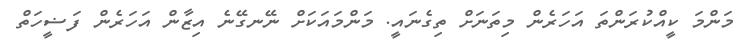
މަންމަ ކީއްކުރަންތަ އަހަރެން މިތަނަށް ތިގެނައީ. މަންމައަކަށް ނޭނގޭނެ އިޒާން އަހަރެން ފަޟީހަތް